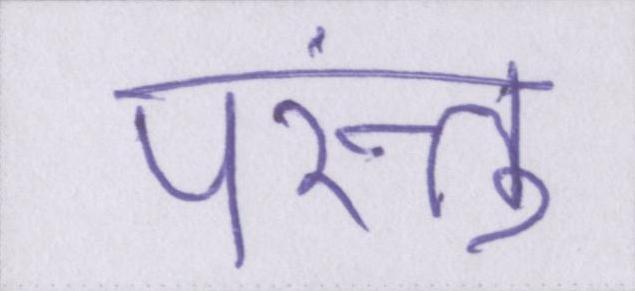
परंन्तु